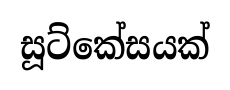
සූට්කේසයක්